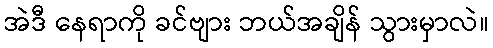
အဲဒီ နေရာကို ခင်ဗျား ဘယ်အချိန် သွားမှာလဲ။